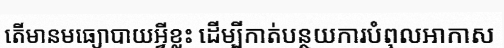
តើមានមធ្យោបាយអ្វីខ្លះ ដើម្បីកាត់បន្ថយការបំពុលអាកាស